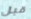
قبل